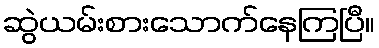
ဆွဲယမ်းစားသောက်နေကြပြီ။